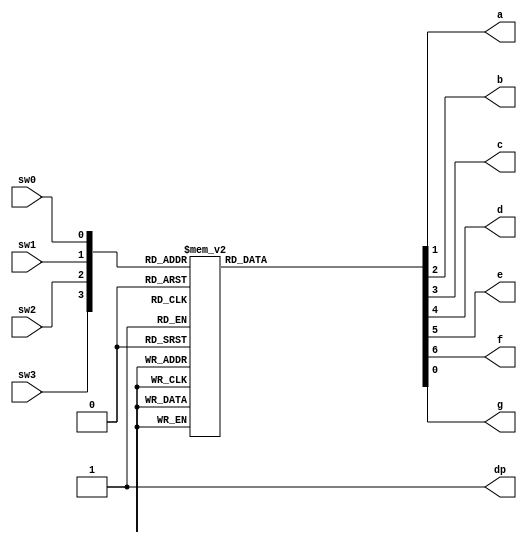
`timescale 1ns / 1ps
module bcdto7led_bh(
input wire sw0 ,
input wire sw1 ,
input wire sw2 ,
input wire sw3 ,
output reg a ,
output reg b ,
output reg c ,
output reg d ,
output reg e ,
output reg f ,
output reg g ,
output reg dp
 );
// Internal wire
wire [3:0] bundle ;
assign bundle = {sw3,sw2,sw1,sw0 } ;
always @(*) begin
a = 1'b1 ;
b = 1'b1 ;
c = 1'b1 ;
d = 1'b1 ; 
e = 1'b1 ;
f = 1'b1 ;
g = 1'b1 ;
dp = 1'b1;
case ( bundle )
4'b0000 : begin // 0
a = 1'b0 ;
b = 1'b0 ;
c = 1'b0 ;
d = 1'b0 ;
e = 1'b0 ;
f = 1'b0 ;
end
4'b0001 : begin // 1
 b = 1'b0 ;
c = 1'b0 ;
end
4'b0010 : begin // 2
a = 1'b0 ;
b = 1'b0 ;
d = 1'b0 ;
e = 1'b0 ;
g = 1'b0 ;
end
4'b0011 : begin // 3
a = 1'b0 ;
b = 1'b0 ;
c = 1'b0 ;
d = 1'b0 ;
g = 1'b0 ; 
end
4'b0100 : begin // 4
b = 1'b0 ;
c = 1'b0 ;
f = 1'b0 ;
g = 1'b0 ;
end
4'b0101 : begin // 5
a = 1'b0 ;
c = 1'b0 ;
d = 1'b0 ;
f = 1'b0 ;
g = 1'b0 ;
end
4'b0110 : begin // 6
a = 1'b0 ;
c = 1'b0 ;
d = 1'b0 ;
e = 1'b0 ;
f = 1'b0 ;
g = 1'b0 ;
end
4'b0111 : begin // 7
a = 1'b0 ;
b = 1'b0 ;
c = 1'b0 ;
end
4'b1000 : begin // 8
a = 1'b0 ;
b = 1'b0 ;
c = 1'b0 ;
d = 1'b0 ;
e = 1'b0 ;
f = 1'b0 ;
g = 1'b0 ;
end
4'b1001 : begin // 9
a = 1'b0 ;
b = 1'b0 ;
c = 1'b0 ;
d = 1'b0 ;
f = 1'b0 ;
g = 1'b0 ;
end
4'b1010 : begin // A
a = 1'b0 ;
b = 1'b0 ;
c = 1'b0 ;
e = 1'b0 ;
f = 1'b0 ;
g = 1'b0 ;
end
4'b1011 : begin // B
c = 1'b0 ;
d = 1'b0 ;
e = 1'b0 ;
f = 1'b0 ;
g = 1'b0 ;
end
4'b1100 : begin // C 
a = 1'b0 ;
d = 1'b0 ;
e = 1'b0 ;
f = 1'b0 ;
end
4'b1101 : begin // D
b = 1'b0 ;
c = 1'b0 ;
d = 1'b0 ;
e = 1'b0 ;
g = 1'b0 ;
end
4'b1110 : begin // E
a = 1'b0 ;
d = 1'b0 ;
e = 1'b0 ;
f = 1'b0 ;
g = 1'b0 ;
end
4'b1111 : begin // F
a = 1'b0 ;
e = 1'b0 ;
f = 1'b0 ;
g = 1'b0 ;
end
endcase
end 
endmodule